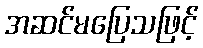
အဆင်မပြေသဖြင့်